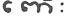
ពោះ